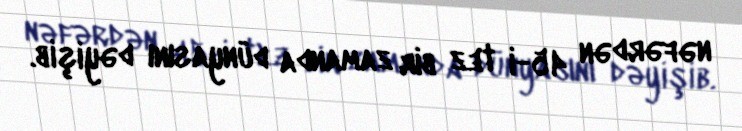
nəfərdən 45-i tez bir zamanda dünyasını dəyişib.